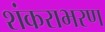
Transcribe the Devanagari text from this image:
शंकराभरण